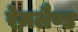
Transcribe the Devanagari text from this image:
रेमलैण्ड